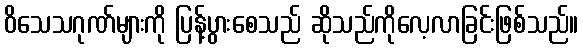
ဝိသေသဂုဏ်များကို ပြန့်ပွားစေသည် ဆိုသည်ကိုလေ့လာခြင်းဖြစ်သည်။